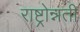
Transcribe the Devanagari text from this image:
राष्ट्रोन्नती